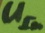
Text: UIn